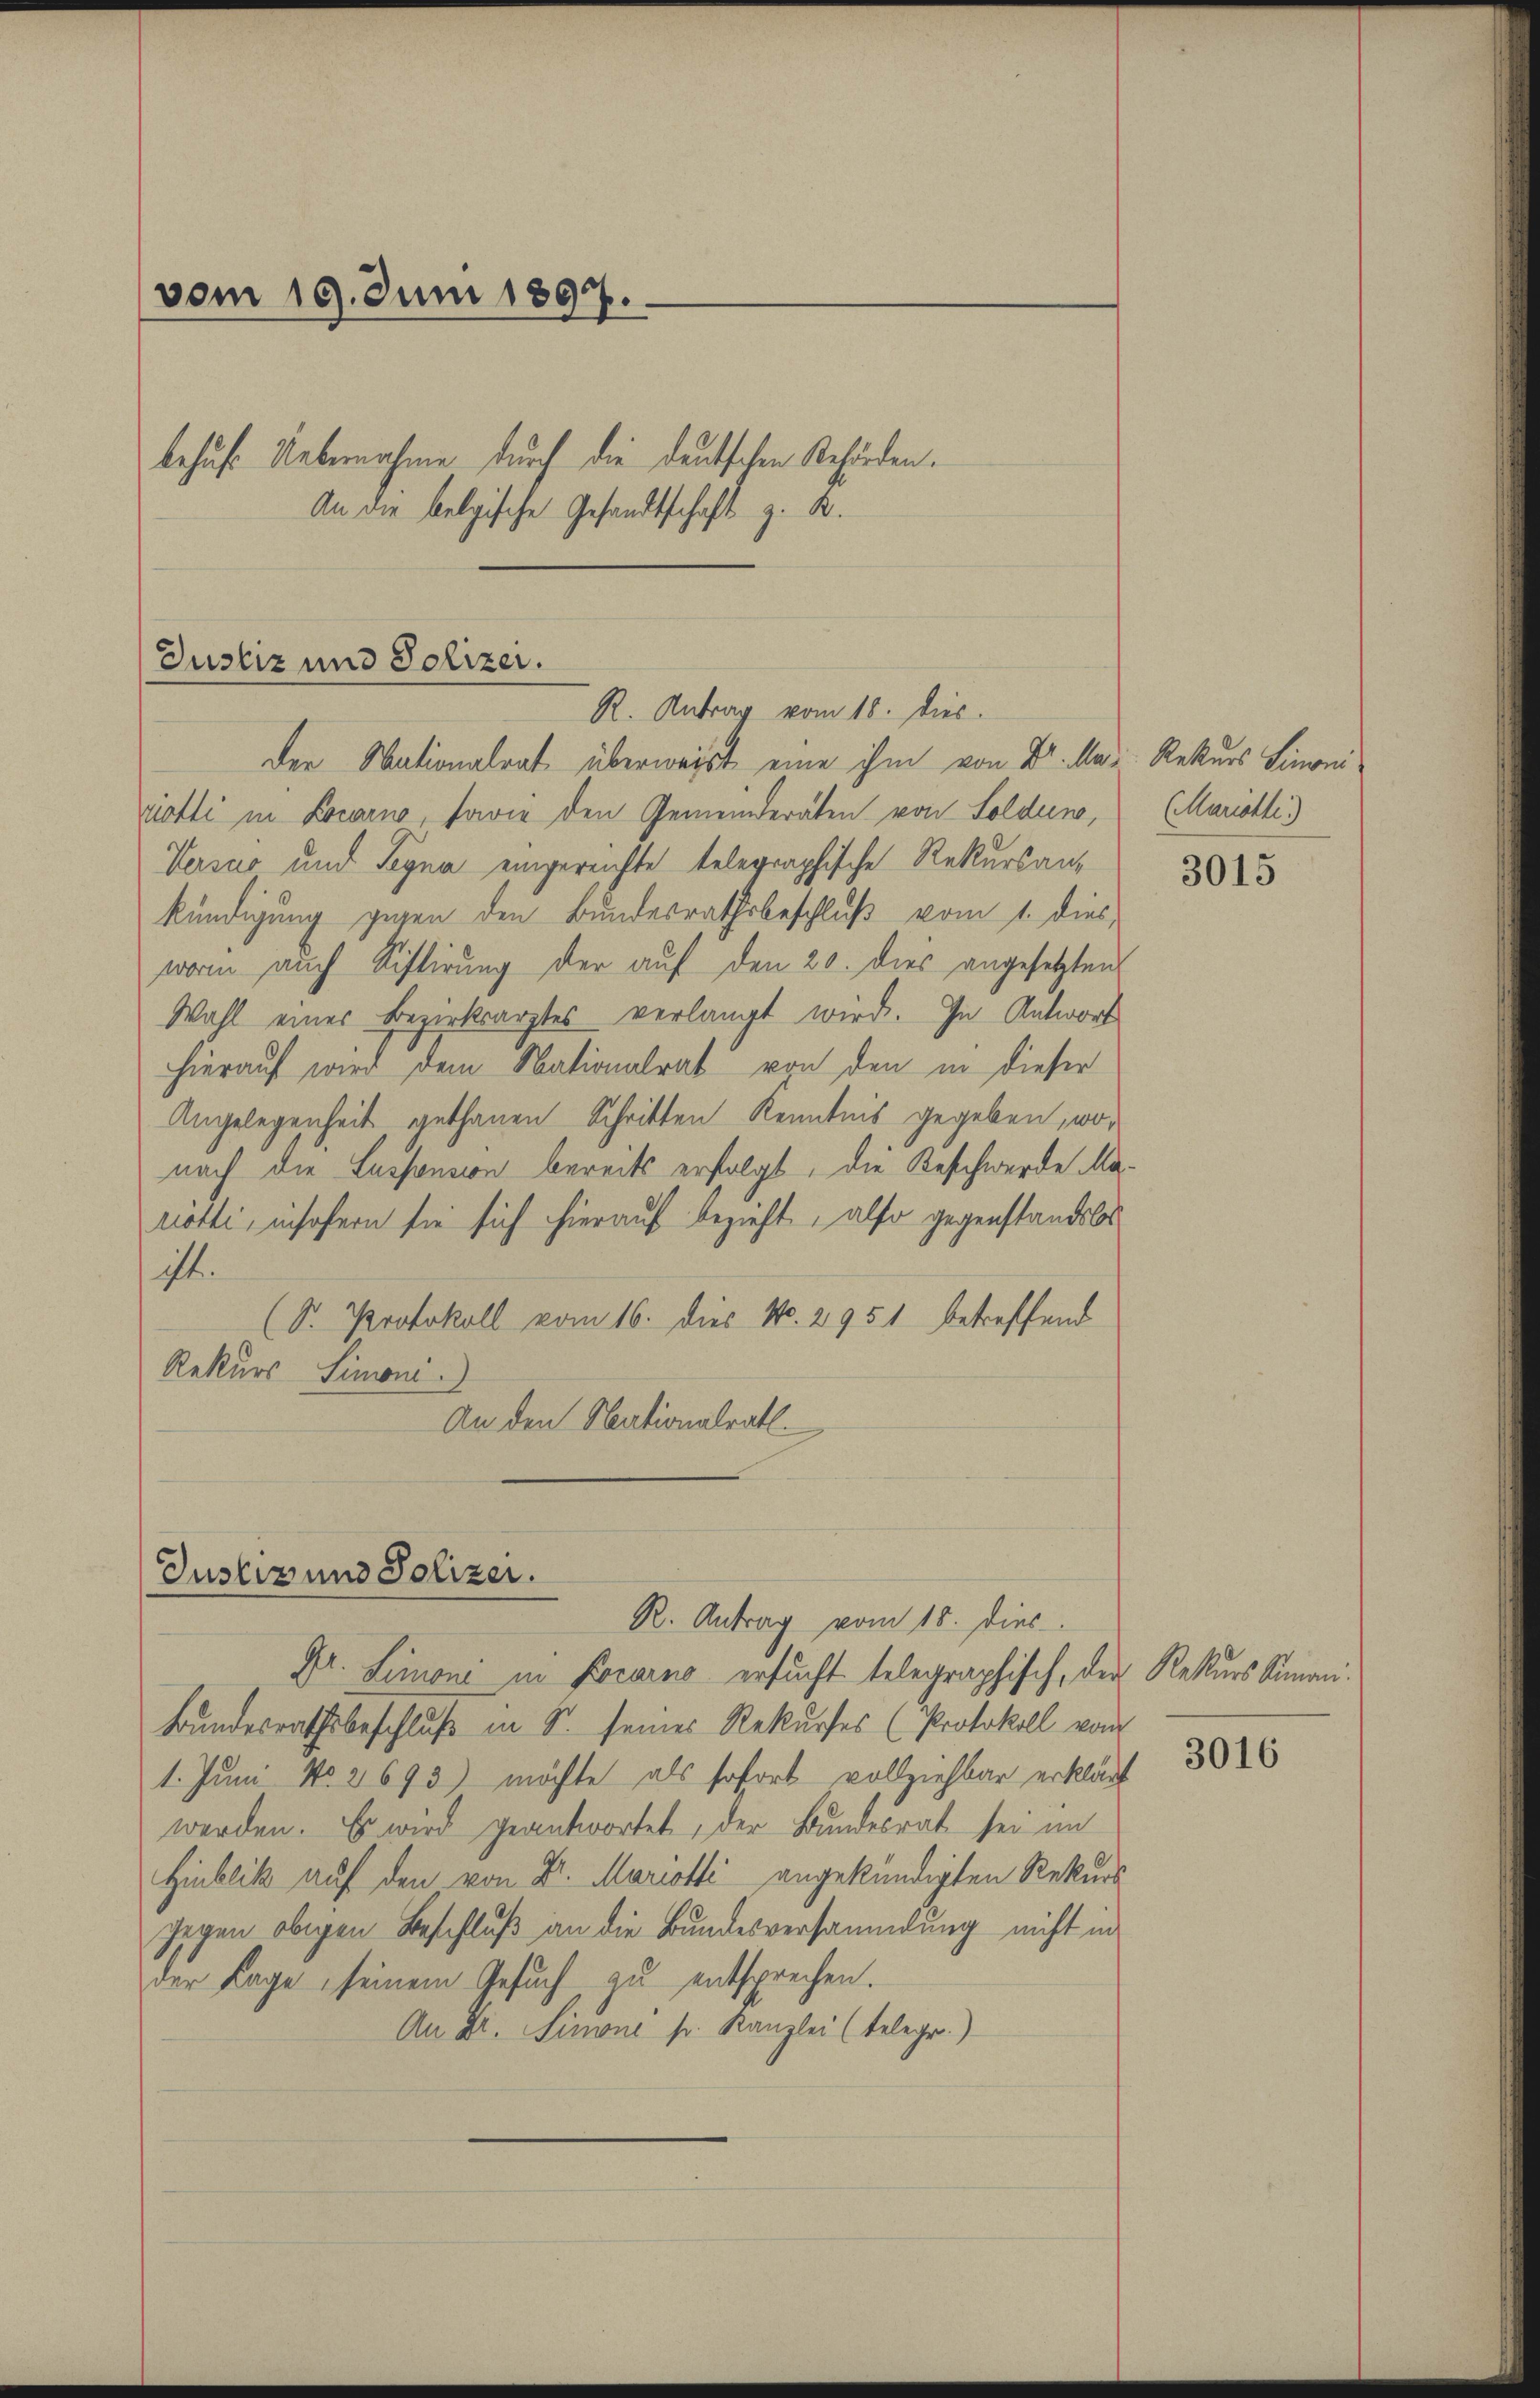
vom 19. Juni 1897.
behufs Uebernahme durch die deutschen Behörden.
An die belgische Gesandtschaft z. B.

Der Nationalrat überweist eine ihm von Dr. Ma- Rekurs Linonirotti in Locarno, sowie den Gemeinderäten von Solden, (Marieli.)
Versur und Segna eingereichte telegraphische Rekursankündigung gegen den Bundesrathsbeschluß vom 1. dies
worin auch Kistirung der auf den 20. dies angesetzten
Wahl eines Bezirksarztes verlangt wird. In Antwort
hierauf wird dem Nationalrat von den in dieser
Angelegenheit gethanen Schritten Kenntnis gegeben, wonach die Lassension bereits erfolgt, die Beschwerde Marotti, insofern sie sich hierauf bezieht, also gegenstandslos
ist.
(S. Protokoll vom 16. dies No. 2951 betreffend
Rekurs Simoni
An den Nationalrath.

Justiz und Polizei.
R. Antrag vom 18. Dies

Justiz und Polizei.
R. Antrag vom 18. dies
Gr. Simone in Locarno ersucht telegraphisch, der Rekurs Sinan¬

Bundesrathsbeschluß in S. seines Rekurses (Protokoll vom
1. Juni No 2693) möchte als sofort vollziehbar erklärt
werden. Es wird geantwortet, der Bundesrat sei im
Hinblick auf den von Dr. Mariotti angekündigten Rekurs
gegen obigen Beschluß an die Bundesversammlung nicht in
der Frage seinem Gesuch zu entsprechen.
An Dr. Simone sr. Kanzlei (telegr.)

3015

3016